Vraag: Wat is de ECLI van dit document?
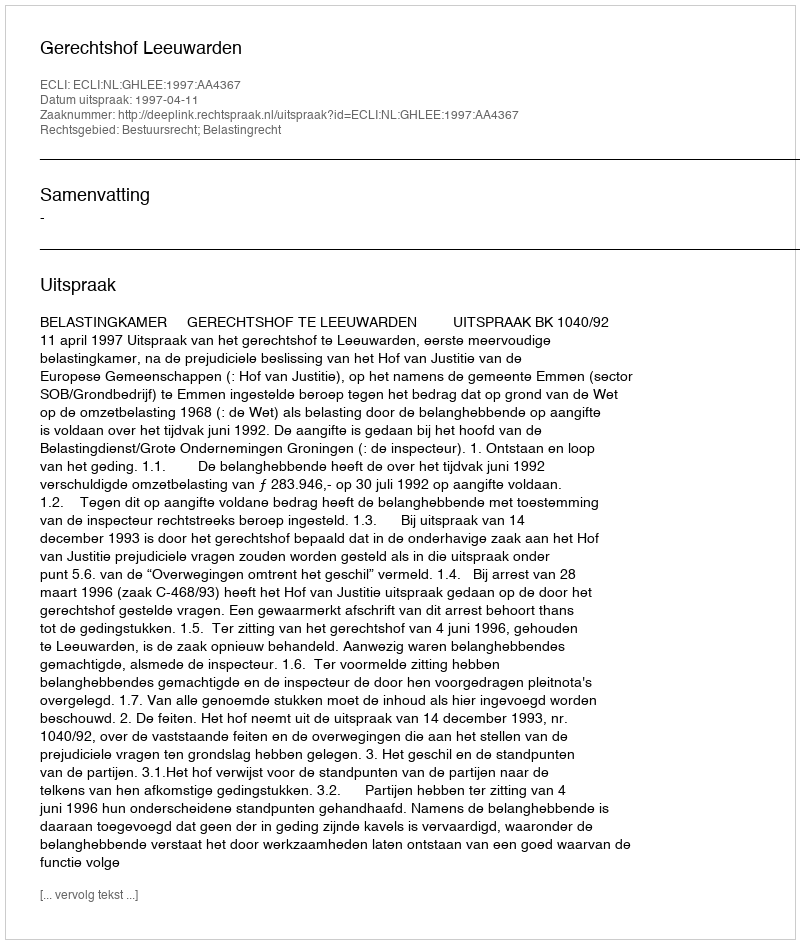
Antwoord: ECLI:NL:GHLEE:1997:AA4367